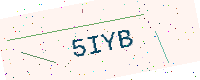
Text: 5IYB